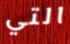
التي